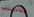
يناديني